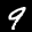
Label: 9